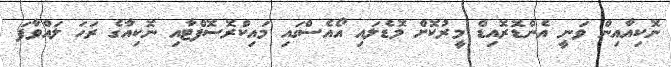
ނޮކިއާއިން ވަނީ އެންޑޮރޮއިޑް މީރުކޮށް މޮޑެލައި އޯއެސްގައި މައިކްރޮސޮފްޓާއި ނޮކިއާގެ ރަހަ ލައްވާފަ